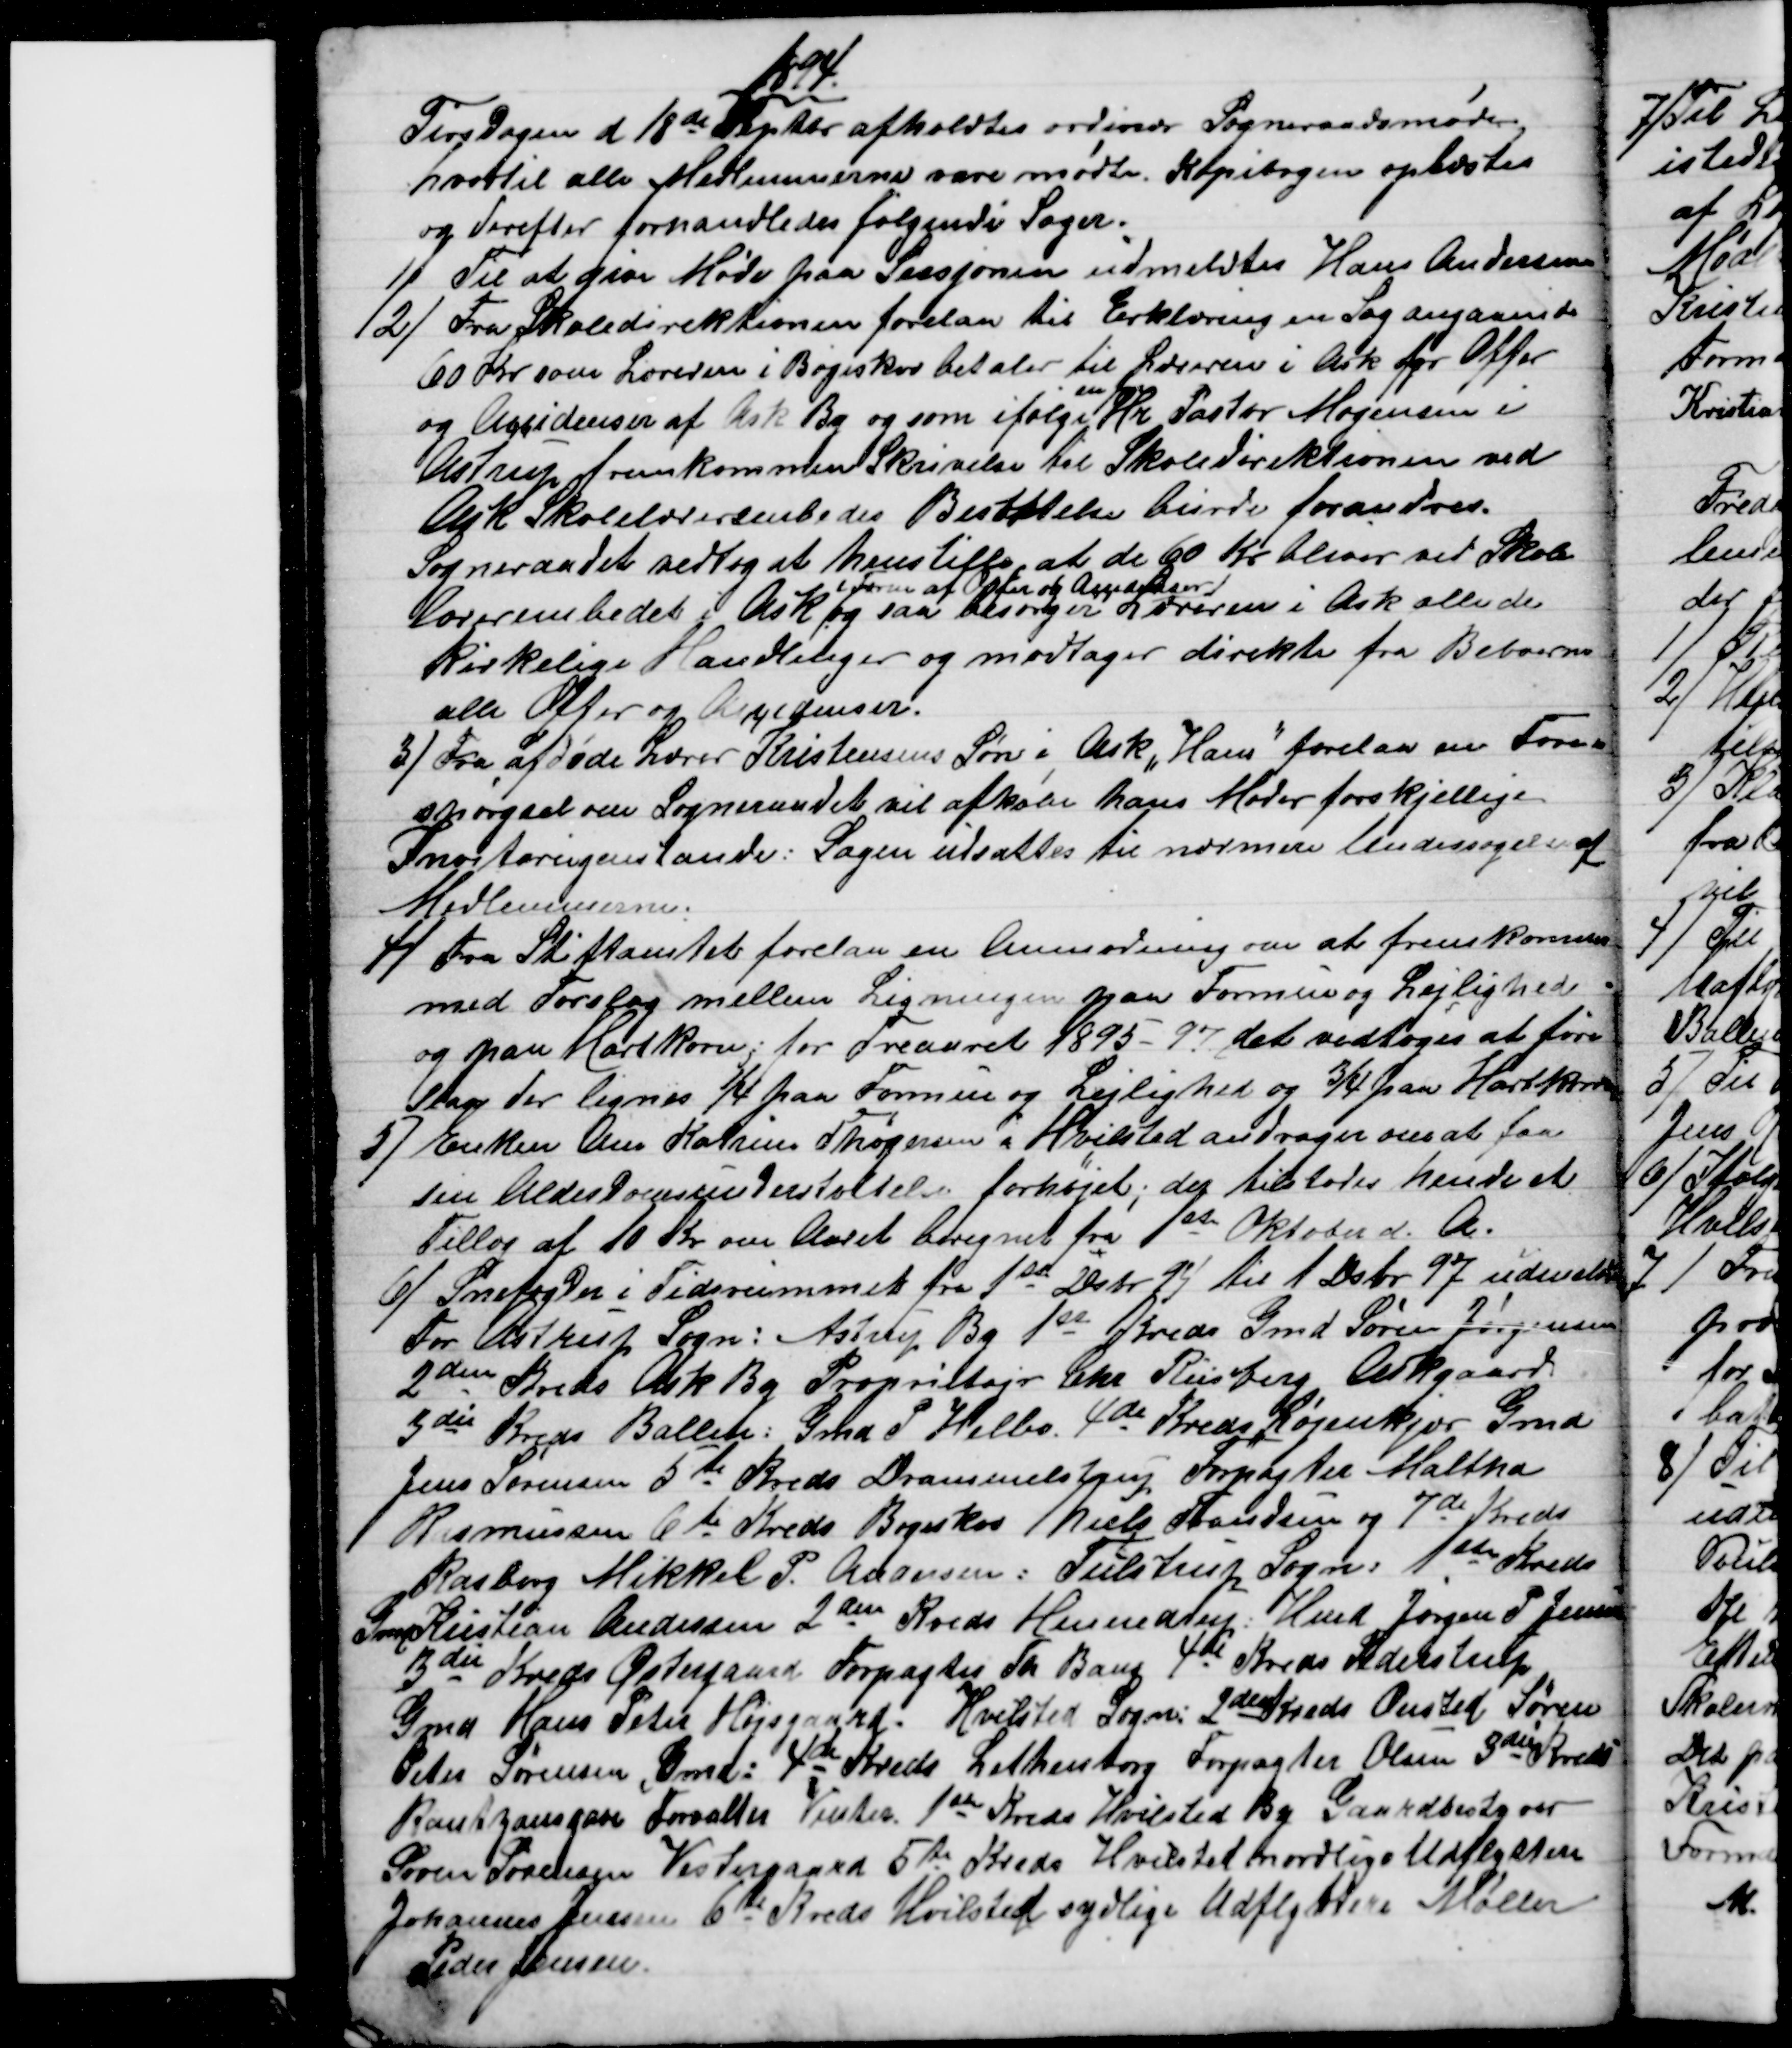
Transskription:
1894.
Tirsdagen d 18de Septbr afholdtes ordinær Sogneraadsmøde
hvortil alle Medlemmerne vare mødte. Kopibogen oplæstes
og derefter forhandledes følgende Sager.
1)
Til at give Møde paa Sessjonen udmeldtes Hans Andersen
2) 
Fra Skoledirektionen forelaa til Erklæring en Sag angaaende
60 Kr som Læreren i Bøgeskov betaler til Læreren i Ask for Offer
og Accidenser af Ask By og som ifølge 
en
Hr Pastor Mogensen i
Astrup fremkommen Skrivelse til Skoledirektionen ved
Ask Skolelærerembedes Besættelse burde forandres.
Sogneraadet vedtog at henstille, at de 60 Kr bliver ved Skole
lærerembedet i Ask
 i Form af Ofter og Accidenser
og saa besørger Læreren i Ask alle de
kirkelige Handlinger og modtager direkte fra Beboerne
alle Ofter og Accidenser.
3)
Fra afdøde Lærer Kristensens Søn i Ask "Hans" forelaa en Fore=
spørgsel om Sogneraadet vil afkøbe hans Moder forskjellige
Invitarsgenstande. Sagen udsattes til nærmere Undersøgelse af
Medlemmerne.
4) 
Fra Stiftamtet forelaa en Anmodning om at fremkomne
med Forslag mellem Ligningen paa Formue og Lejlighed
og paa Hartkorn; for Treaaret 1895-97, det vedtoges at fore
slaa der lignes ¼ paa Formue og Lejlighed og ¾ paa Hartkorn
5) 
Enken Ane Katrine Thøgersen i Hvilsted andrager om at faa
sin Alderdomsunderstøttelse forhøjet; der tilstodes hende et
Tillæg af 10 Kr om Aaret beregnet fra 1ste Oktober d. A.
6) 
Snefogder i Tidsrummet fra 1st Dsbr 94 til 1 Dsbr. 97 udmeldtes
For Astrup Sogn: Astrup By 1st Kreds Gmd Søren Jørgensen
2den Kreds Ask By Proprietajr Chr Riisberg Askgaard.
3die Kreds Ballen: Gmd P. Helbo. 4de Kreds Løjenkjær Gmd
Jens Sørensen 5te Kreds Drammelstrup Forpagter Maltha
Rasmussen 6te Kreds Bøgeskov Niels Frandsen og 7de Kreds
Rasborg Mikkel P. Andersen: Tulstrup Sogn: 1ste Kreds
Gmd Kristian Andersen 2den Kreds Hinnedrup: Hmd Jørgen P Jensen
3die Kreds Østergaard Forpagter Th. Bang 4de Kreds Pederstrup
Gmd Hans Peter Højsgaard. Hvilsted Sogn: 2den Kreds Onsted Søren
Peter Sørensen, Gmd: 4de Kreds Lethenborg Forpagter Olsen 3die Kreds
Rantzausgave Forvalter Vinter 1st Kreds Hvilsted By Gaardbestyrer
Søren Sørensen Vestergaard 5te Kreds Hvilsted nordlige Udflyttere
Johannes Jensen 6te Kreds Hvilsted sydlige Udflyttere Møller
Peder Jensen.